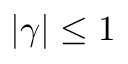
| \gamma | \leq 1